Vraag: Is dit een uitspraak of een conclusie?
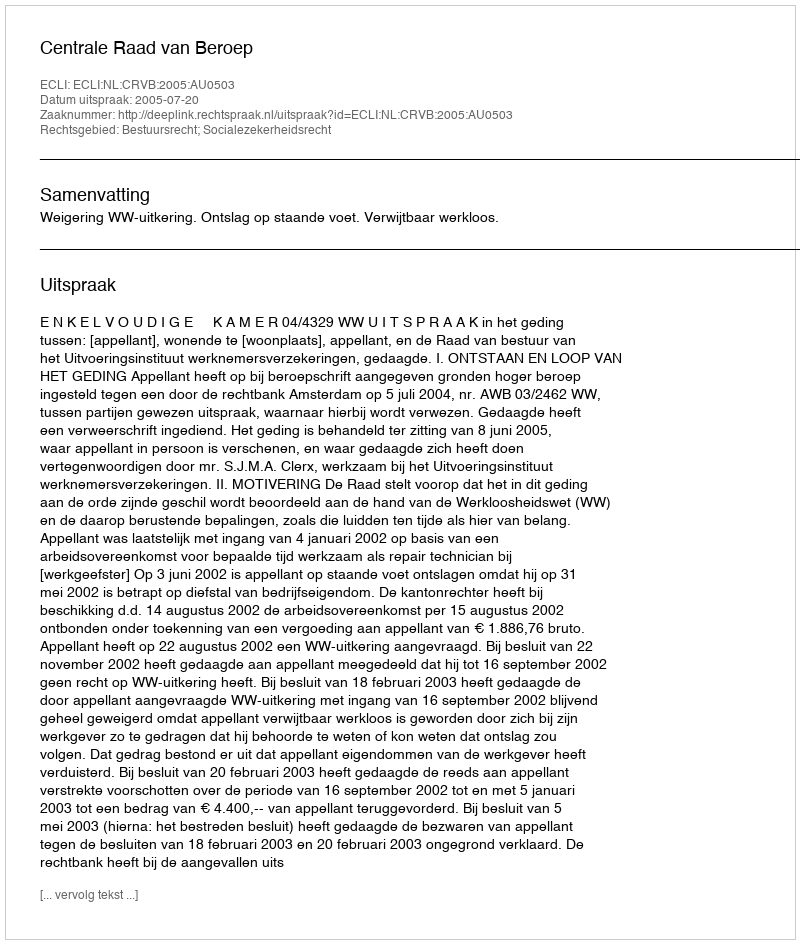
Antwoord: Uitspraak